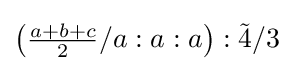
\left({\tfrac {a+b+c}{2}}/a:a:a\right):{\tilde {4}}/3